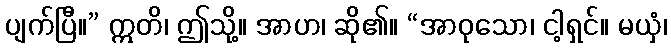
ပျက်ပြီ။” ဣတိ၊ ဤသို့။ အာဟ၊ ဆို၏။ “အာဝုသော၊ ငါ့ရှင်။ မယှံ၊